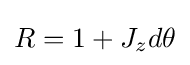
R=1+J_{z}d\theta